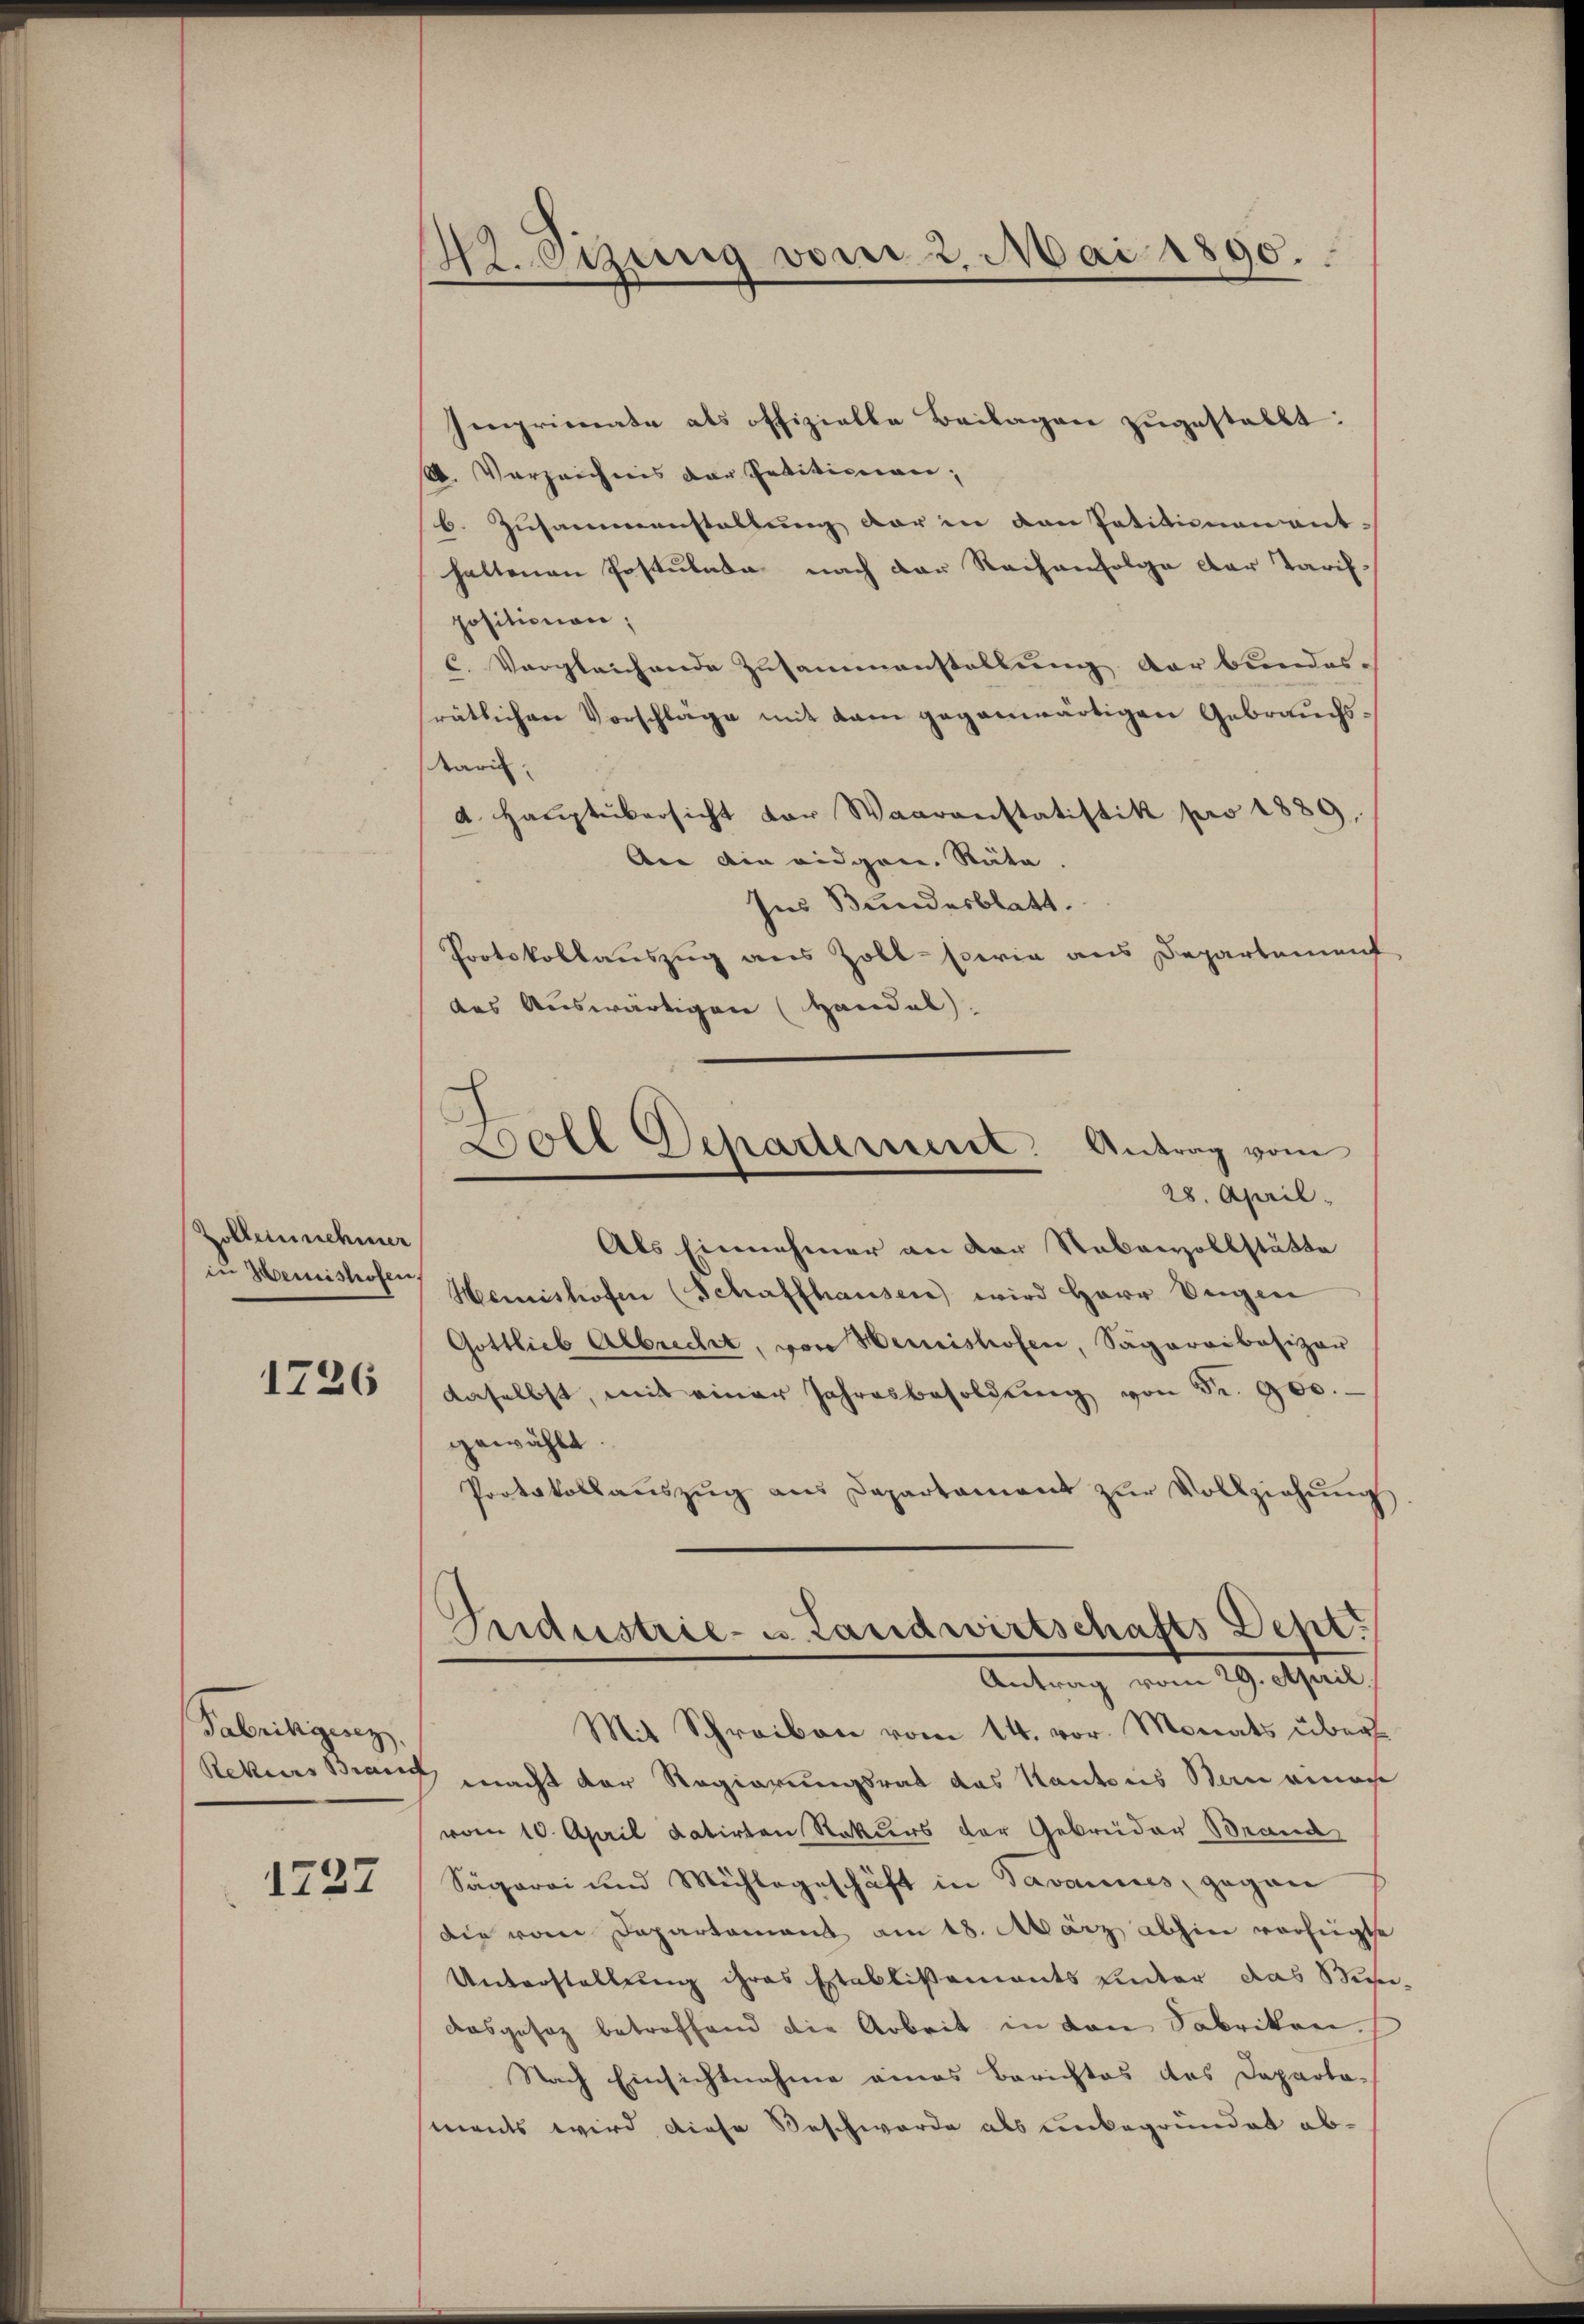
Zolleinnehmer
in Heinishofen,

1726

Fabrikgesez

1727

Wetzung vom 2. Mai 1890.

Ienprimate als offizielle Beilagen zugestellt:
. Verzeichnis der Petitionen,
b. Zusammenstaltung der in den Petitionen ent-
haltenen Postulata nach der Reihenfolge der Tarifpositionen,
C. Vergleichende Zusammenstellung der bundes-
rätlichen Vorschläge mit kam gegenwärtigen Gebrauchstaris.
 Haŭptübersicht vor Waarenstatistik pro 1889.
Aer die eidgen. Räte.
Ins Bundesblatt.
Protokollauszug aus Zoll- sowie aus Departement,
des Auswärtigen (Handal).
Als Einnehmer an der Stabenzollstätte
Memnishofen (Schaffhausen wird Herr Eugen
Gottlieb Albrecht, von Herishofen, Sägaraibasizar
daselbst, mit einer Jahresbesoldung von Fr. 900.
gewählt.
Protokollaŭszŭg ans Departament zŭr Vollziehŭng
Gudustrie- u. Landwirtschafts Dept.
Antrag vom 29. April.
Mit Schreiben vom 14. vor. Monats über¬
Rekurs Brand macht der Regierungsrat das Kantons Stein einan
vom 10. April datirten Rekurs der Gebrüder Brand
Sägerei und Mühlegeschäft in Tavannes, gegen
die vom Departement am 18. März abhin verfügte
Unterstellung ihres Etablißements unter das Buse-
dasgesez betreffend die Arbeit in von Fabrikon
Nach Einsichtnahme eines Berichtes des Departa-
ments wird diese Beschwerde als unbegründet ab¬

Boll Schadement: Antrag vom
28. April